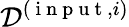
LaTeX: \mathcal{D}^{(\mathrm{~i~n~p~u~t~},i)}